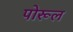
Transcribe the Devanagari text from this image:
पोरूल